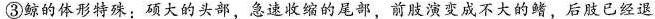
③鲸的体形特殊；硕大的头部，急速收缩的尾部，前肢演变成不大的鳍，后肢已经退